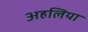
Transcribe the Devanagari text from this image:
अहलिया